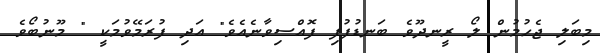
މިބަލި ޖެހުމުން ލޯ ރީނދޫވެ ބަނޑުފުފި ފޮއްސިވާނެއެވެ" އަދި ފުރަމޭވުމަކީ " މޫނުބޯވެ